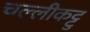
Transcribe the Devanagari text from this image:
चल्लीकट्टु